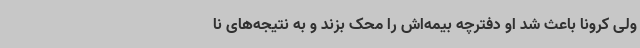
ولی کرونا باعث شد او دفترچه بیمه‌اش را محک بزند و به نتیجه‌های نا